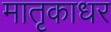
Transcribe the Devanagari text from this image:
मातृकाधर